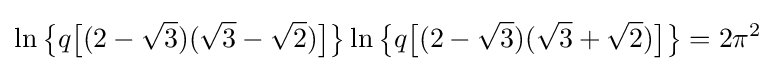
\ln {\bigl \{}q{\bigl [}(2-{\sqrt {3}})({\sqrt {3}}-{\sqrt {2}}){\bigr ]}{\bigr \}}\ln {\bigl \{}q{\bigl [}(2-{\sqrt {3}})({\sqrt {3}}+{\sqrt {2}}){\bigr ]}{\bigr \}}=2\pi ^{2}